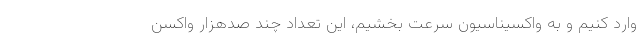
وارد کنیم و به واکسیناسیون سرعت بخشیم، این تعداد چند صدهزار واکسن